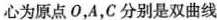
心为原点O，A，C分别是双曲线